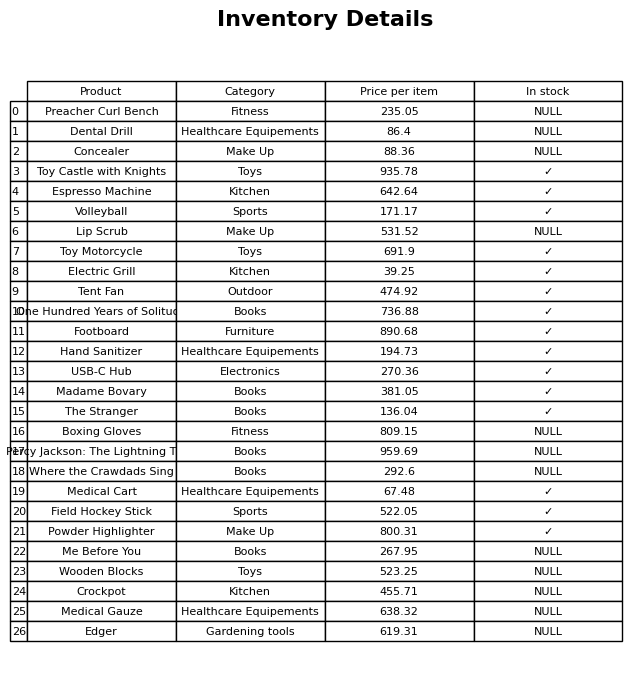
question: What is the price of the Crockpot?
answer: The price of Crockpot is 455.71.